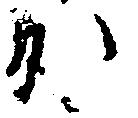
か